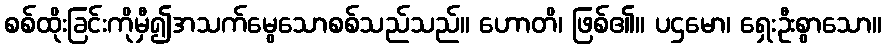
စစ်ထိုးခြင်းကိုမှီ၍အသက်မွေသောစစ်သည်သည်။ ဟောတိ၊ ဖြစ်၏။ ပဌမော၊ ရှေးဦးစွာသော။